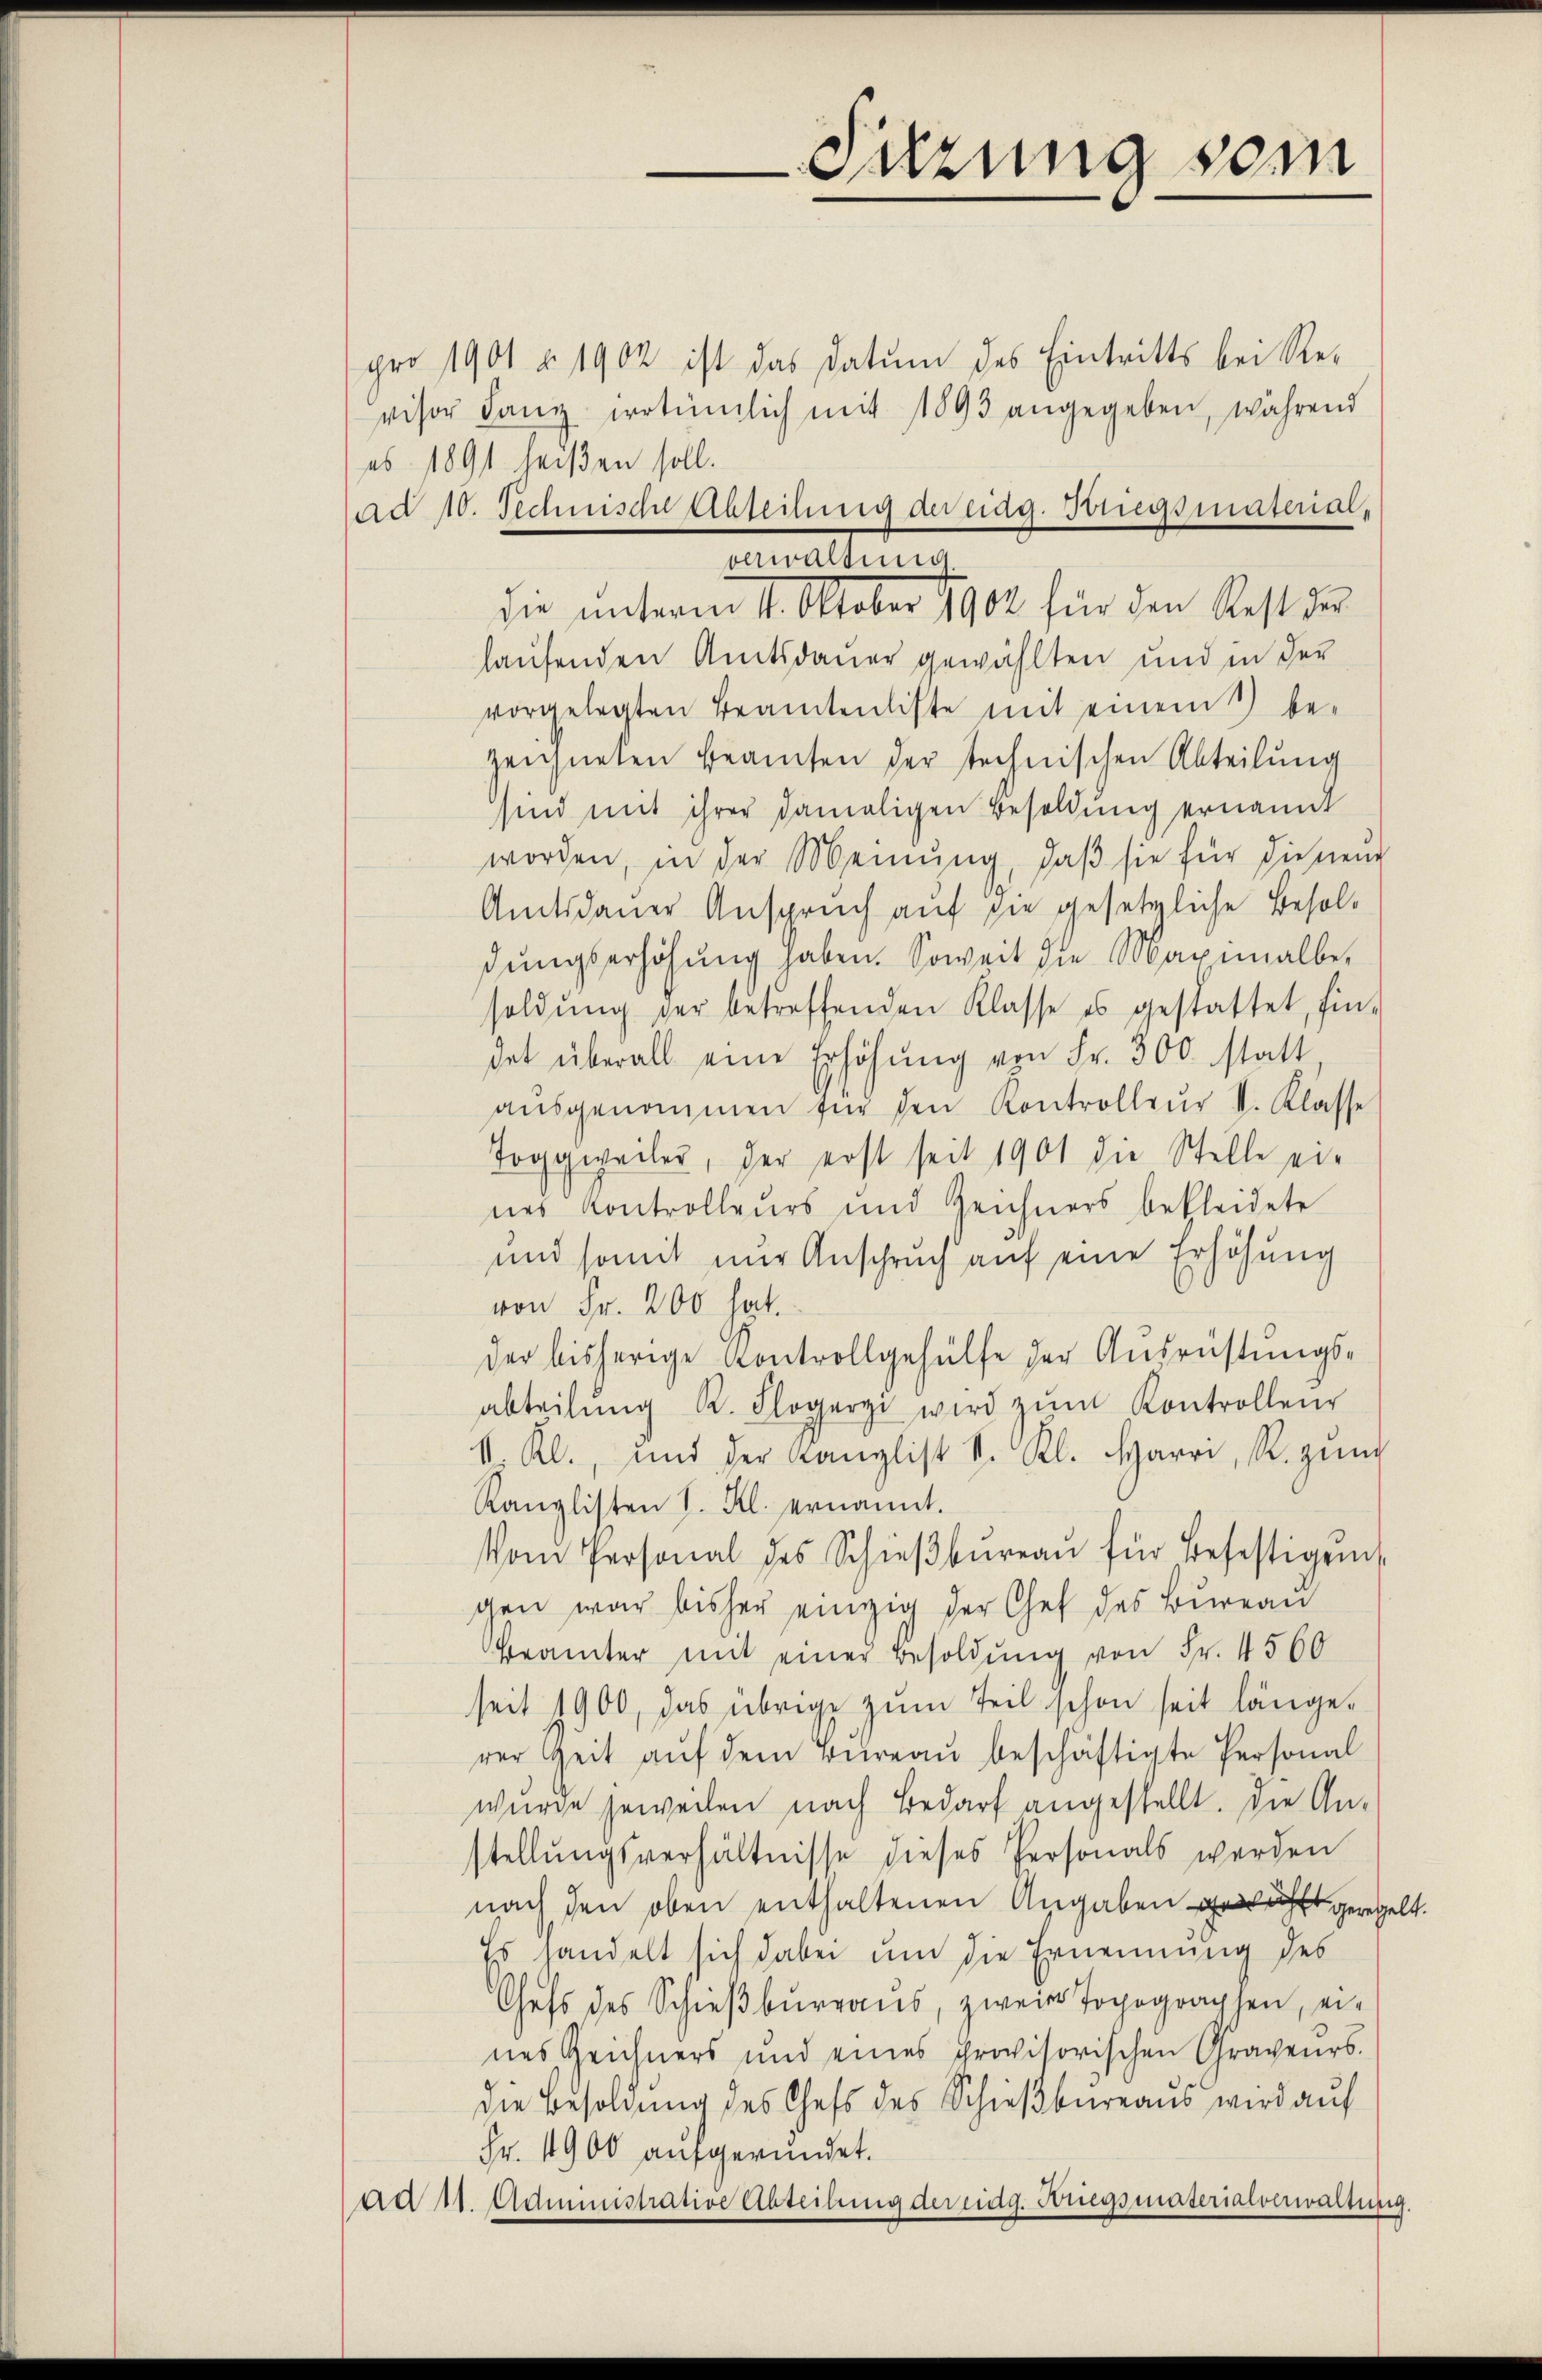
irung vom

ad 10. Technische Abteilung der eidg. Briegsmaterial-

pro 1901 u. 1902 ist das Datum des Eintritts bei Re-
visor ganz irrtümlich mit 1893 angegeben, während
es 1891 heißen soll.
verwaltung
die unterm 4. Oktober 1902 für den Rest der
haufenden Amtsdauer gewählten und in der
vorgelegten Beamtenliste mit einem bezeichneten Beamten der technischen Abteilung
sind mit ihrer damaligen Besoldung ernannt
worden, in der Meinung, daß sie für diesen
Amtsdauer Anspruch auf die gesetzliche Besoldungserhöhung haben. Soweit die Maximalbesoldŭng der betreffenden Klasse es gestattet, fin-
det überall eine Erhöhŭng von Fr. 300 statt
aŭsgenommen für den Kontrolleur II. Klasse
Toggweiler, der erst seit 1901 die Stelle eines Kontrolleurs und Zeichners bekleidete
und somit nur Anspruch auf eine Erhöhung
von Fr. 200 hat.
der bisherige Kontrollgehülfe der Ausrüstungs-
abteilŭng R. Flogeri wird zŭm Kontrollen
1. Kl., und der Kanzlist v. Kl. Harri, R. gŭng
Kanzlisten S. Kl. ernannt.
Vom Personal des Schieβbŭreaŭ für Befestigen
gen war bisher einzig der Chef des Bureau
Brämter mit einer Besoldung von Fr. 4560
seit 1900, das übrige zŭm Teil schon seit länge-
rer Zeit aŭf dem Büreaŭ beschäftigte Personal
wurde jeweilen nach Bedarf angestellt. Die An-
stellŭngsverhältnisse dieses Personals werden
nach den oben enthaltenen Angaben nicht geregel
Es handelt sich dabei um die Ernennung des
Chefs des Schieβbŭrgaŭs, zweite Topographen, ei-
nes Zeichners und eines provisorischen Graveurs.
die Besoldung des Chefs des Schieβbureaus wird auf
Fr. 1900 aufgeründet.
ad 11. Administrative Abteilŭng der eidg. Kriegsmaterialverwaltung.